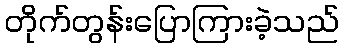
တိုက်တွန်းပြောကြားခဲ့သည်